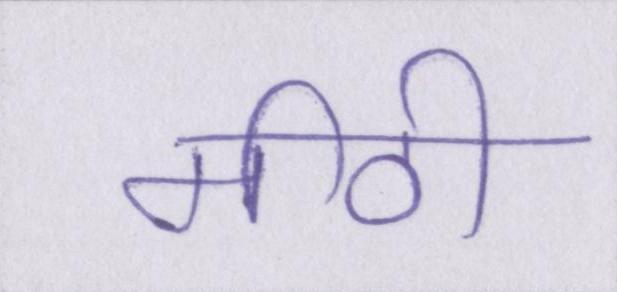
मीठी